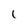
Character: l